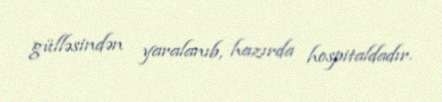
gülləsindən yaralanıb, hazırda hospitaldadır.